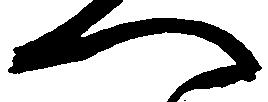
へ